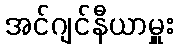
အင်ဂျင်နီယာမှူး